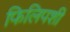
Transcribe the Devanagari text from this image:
फिलिपशी